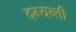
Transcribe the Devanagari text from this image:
दम्यन्ती